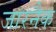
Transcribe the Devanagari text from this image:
जारनैक